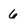
Character: 6